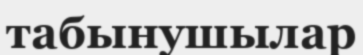
табынушылар